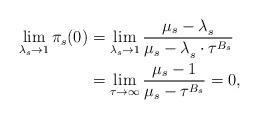
LaTeX: \begin{align*}\lim\limits_{\lambda_s^{} \to 1} {\pi_s(0)} &=\lim\limits_{\lambda_s^{} \to 1} \frac{\mu_s-\lambda_s^{}}{\mu_s-\lambda_s^{} \cdot \tau^{B_s}} \\&=\lim\limits_{\tau \to \infty}\frac{\mu_s-1}{\mu_s-\tau^{B_s}}=0, \end{align*}